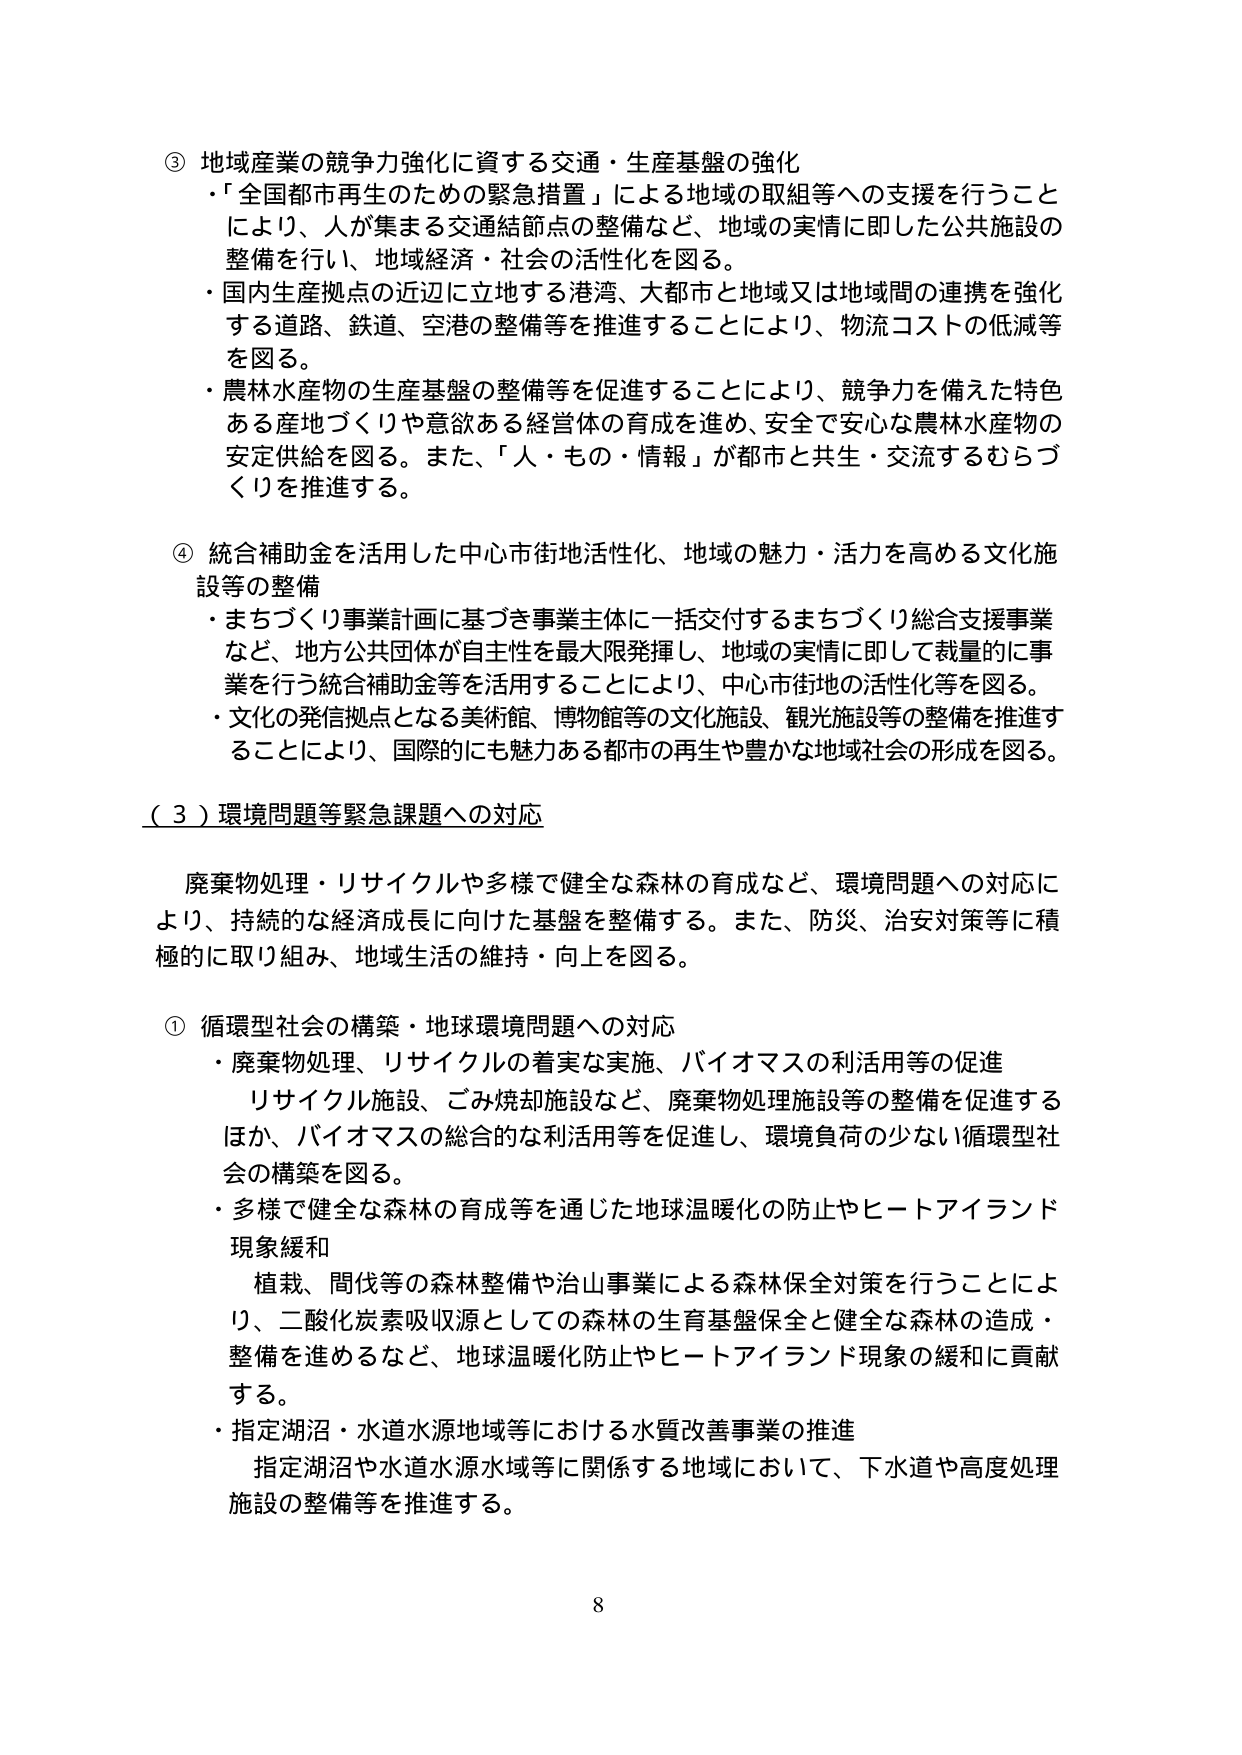
③ 地域産業の競争力強化に資する交通・生産基盤の強化
・「全国都市再生のための緊急措置」による地域の取組等への支援を行うことにより、人が集まる交通結節点の整備など、地域の実情に即した公共施設の整備を行い、地域経済・社会の活性化を図る。
・国内生産拠点の近辺に立地する港湾、大都市と地域又は地域間の連携を強化する道路、鉄道、空港の整備等を推進することにより、物流コストの低減等を図る。
・農林水産物の生産基盤の整備等を促進することにより、競争力を備えた特色ある産地づくりや意欲ある経営体の育成を進め、安全で安心な農林水産物の安定供給を図る。また、「人・もの・情報」が都市と共生・交流するむらづくりを推進する。

④ 統合補助金を活用した中心市街地活性化、地域の魅力・活力を高める文化施設等の整備
・まちづくり事業計画に基づき事業主体に一括交付するまちづくり総合支援事業など、地方公共団体が自主性を最大限発揮し、地域の実情に即して裁量的に事業を行う統合補助金等を活用することにより、中心市街地の活性化等を図る。
・文化の発信拠点となる美術館、博物館等の文化施設、観光施設等の整備を推進することにより、国際的にも魅力ある都市の再生や豊かな地域社会の形成を図る。

（３）環境問題等緊急課題への対応
廃棄物処理・リサイクルや多様で健全な森林の育成など、環境問題への対応により、持続的な経済成長に向けた基盤を整備する。また、防災、治安対策等に積極的に取り組み、地域生活の維持・向上を図る。

① 循環型社会の構築・地球環境問題への対応
・廃棄物処理、リサイクルの着実な実施、バイオマスの利活用等の促進
　リサイクル施設、ごみ焼却施設など、廃棄物処理施設等の整備を促進するほか、バイオマスの総合的な利活用等を促進し、環境負荷の少ない循環型社会の構築を図る。
・多様で健全な森林の育成等を通じた地球温暖化の防止やヒートアイランド現象緩和
　植栽、間伐等の森林整備や治山事業による森林保全対策を行うことにより、二酸化炭素吸収源としての森林の生育基盤保全と健全な森林の造成・整備を進めるなど、地球温暖化防止やヒートアイランド現象の緩和に貢献する。
・指定湖沼・水道水源地域等における水質改善事業の推進
　指定湖沼や水道水源水域等に関係する地域において、下水道や高度処理施設の整備等を推進する。

8